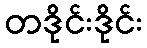
တဒိုင်းဒိုင်း